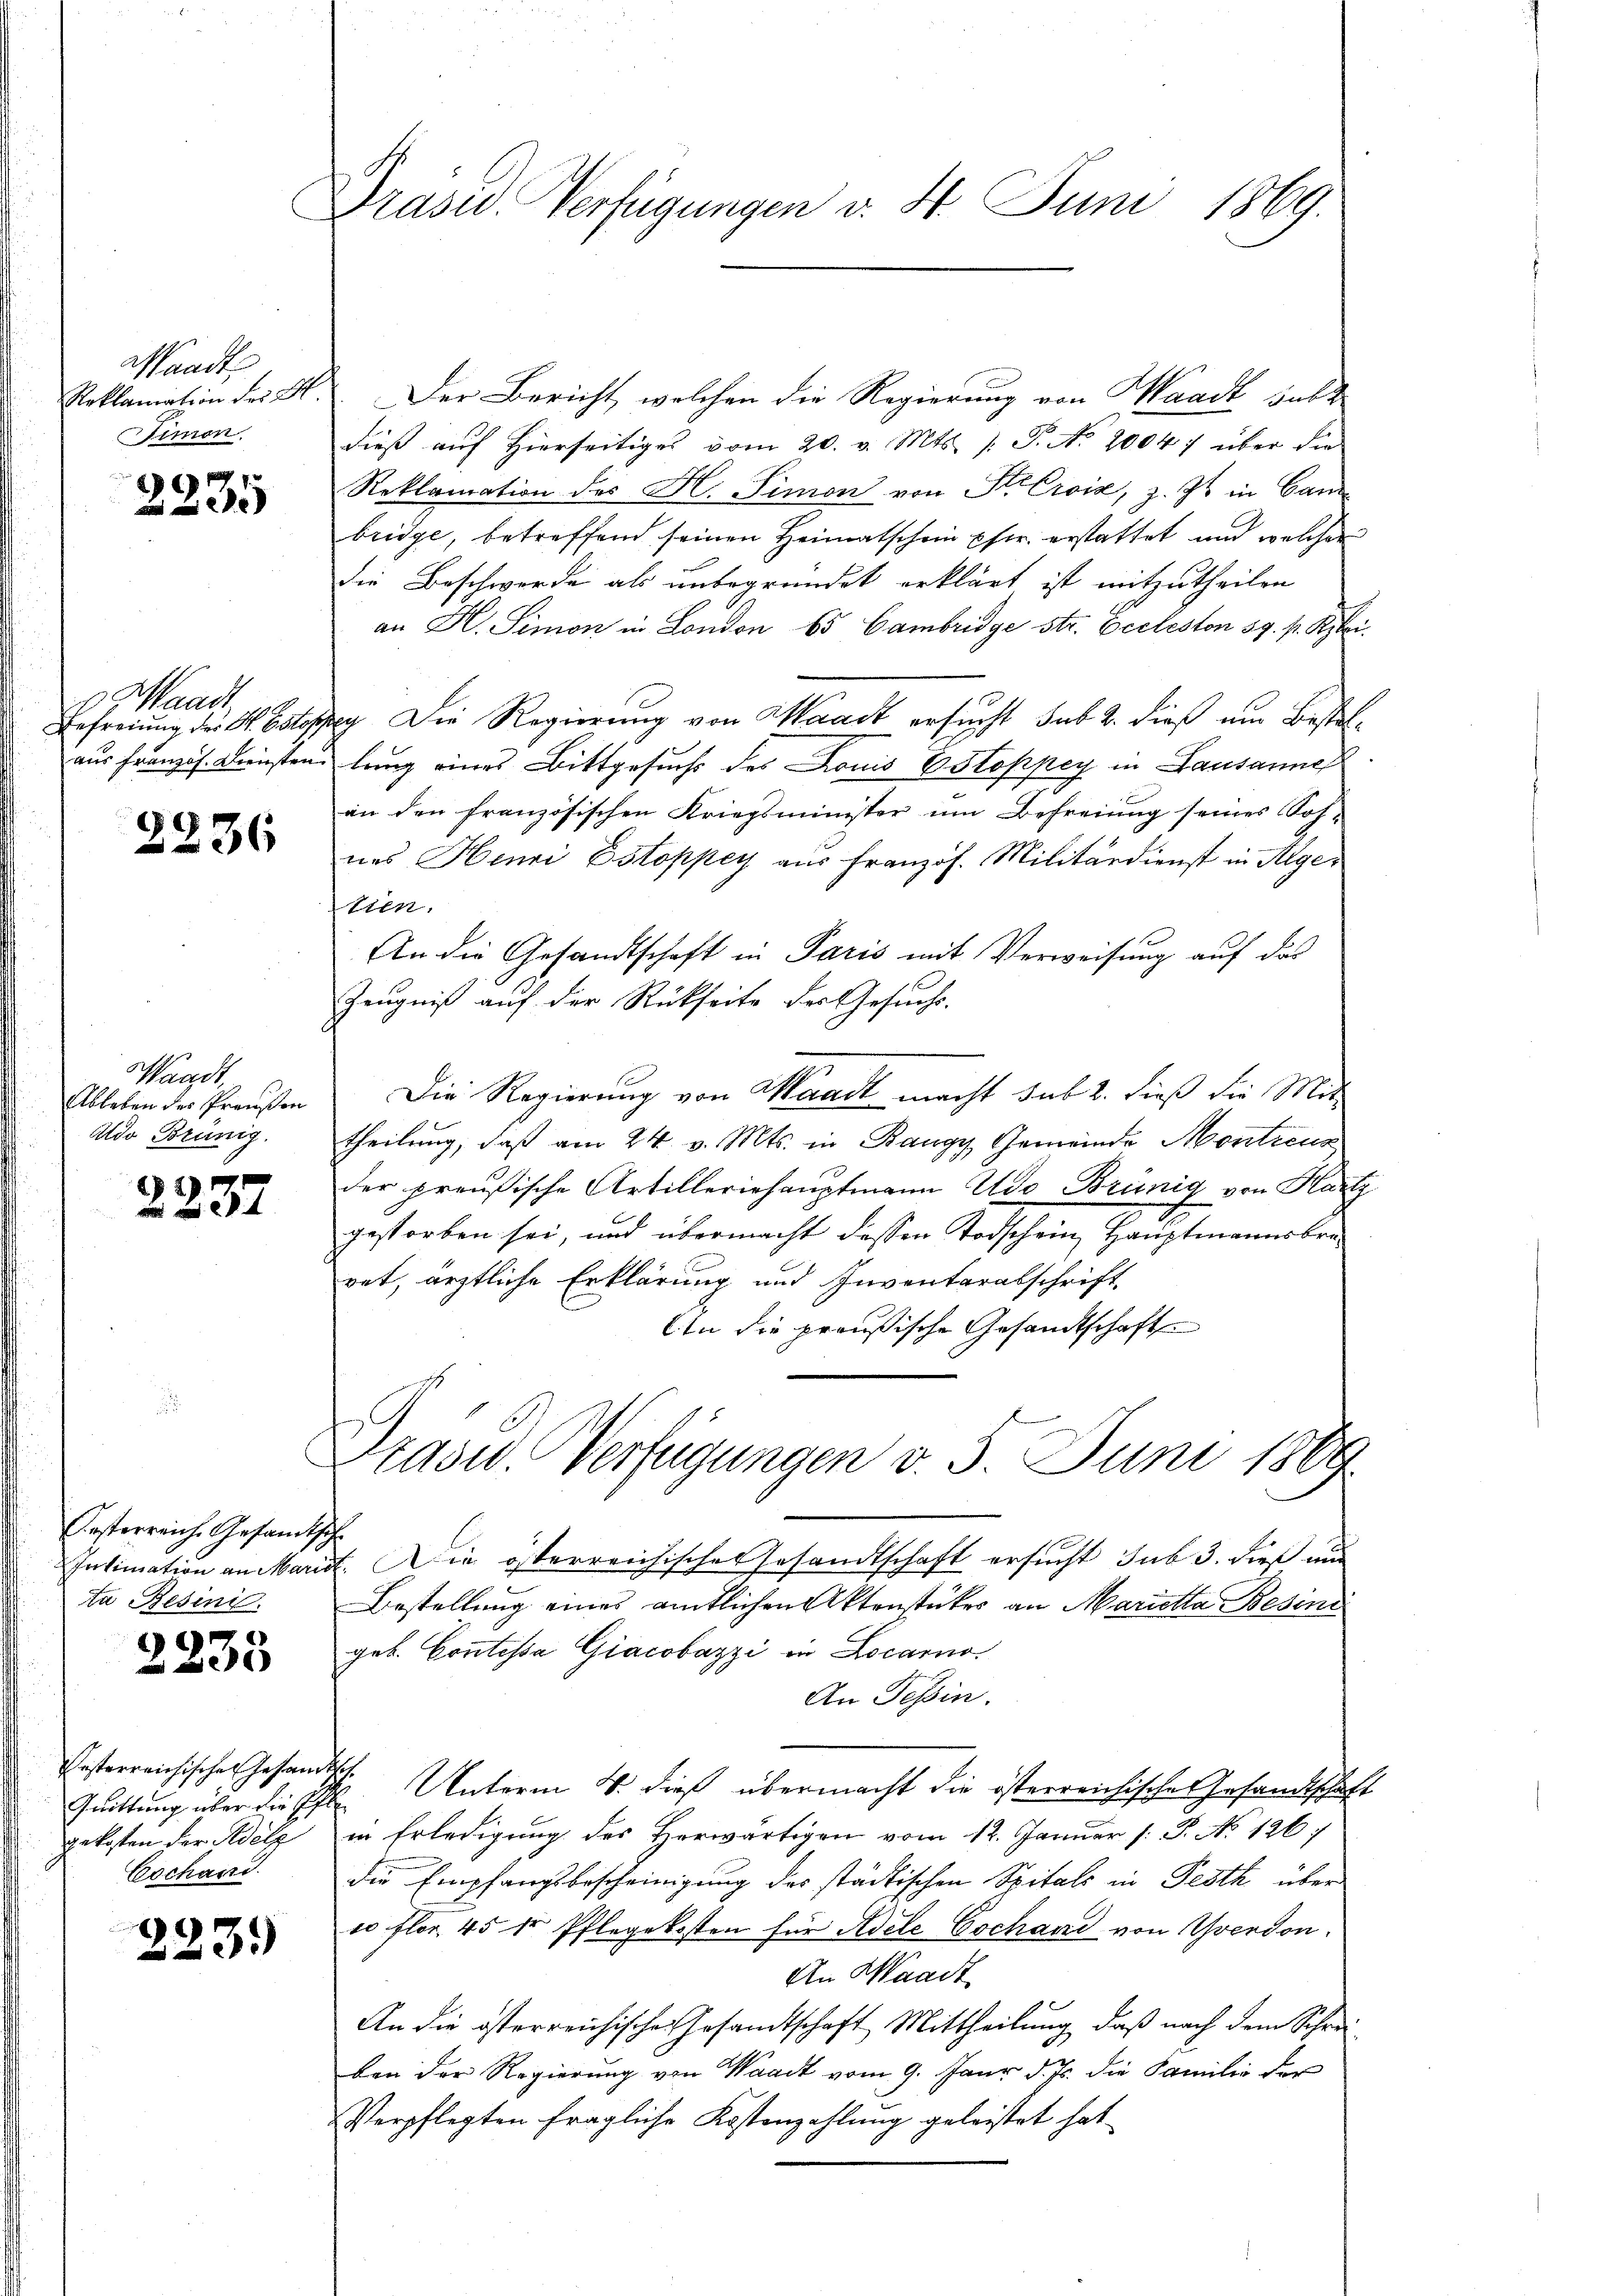
Waadt
Simon.

)

Waadt
Befreiung des St. Estoß,

2236

Waadt,
Ableben der Preußen
Ado Brünig.

2237

Festerreich. Gesandtsche
ta Resini.

2233

festerreichischen Gesandtsch
gekosten der Adelz
Eschand

223.

Drasw. Verfügungen v. 4. Juni 1869.

Reklamation des H. Der Bericht, welchen die Regierung von Waadt habe
dieß auf Hierseitiges vom 20. v. Mts. (T. No. 20047 über die
Reklamation des H. Simon von St. Croix, z. Zt. in Canz
bridge, betreffend seinen Heimatschein Eher erstattet und welcher
die Beschwerde als unbegründet erklärt ist mitzutheilen
an H. Simon in London 65 Cambridge str. Eccleston 59. f. Kleidg Die Regierung von Waadt ersucht sub 2. dieß um Bestelaus Französ. Diensten lang eines Bittgesuchs des Louis Estoppey in Lausanne
an den französischen Kriegsminister um Befreiung seines Sof-
nes Henri Estoppey aus Französ. Militärdienst in Alger
tien.
An die Gesandtschaft in Paris mit Verweisung auf das
Zeugniß auf der Rückseite der Gesuche.
Die Regierung von Waadt macht sub 2. dieß die Mit
theilung, daß am 24. v. Mts. in Rangy Gemeinde Montreus
der preußische Artilleriehauptmann Udo Brünig von Hartz
gestorben sei, und übermacht dessen Todschein Hauptmannsbra
ret, ärztliche Erklärung und Inventarabschrift.
In die preußische Gesandtschaft
Drasw. Verfügungen v. 5. Juni 1889.
Intimation an Mariat. Die österreichisches Gesandtschaft ersucht sub 3. dieß aus
Bestellung eines amtlichen Aktenstückes an Marietta Besine
geb. Contissa Giacobazzi in Locarno
An Tessin.
Quittung über die Ehe. Unterm 8. dieß übermacht die österreichische Gesandtschaft
in Erledigung des Herwärtigen vom 12. Januar (: P. No 126.
die Empfangsbescheinigung der städtischen Spitals in Pesth über
10 flor. 45 fr Pflegekosten für Adele Gschand von Yverdon
An Waadt
An die österreichischen Gesamtschaft Mittheilung, daß nach dem Schreiben der Regierung von Waadt vom 9. Janr d. Js. die Familie der
Verpflegten fragliche Kostenzahlung geleistet hat